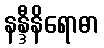
နန္ဒီနိရောဓာ